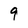
Character: 9